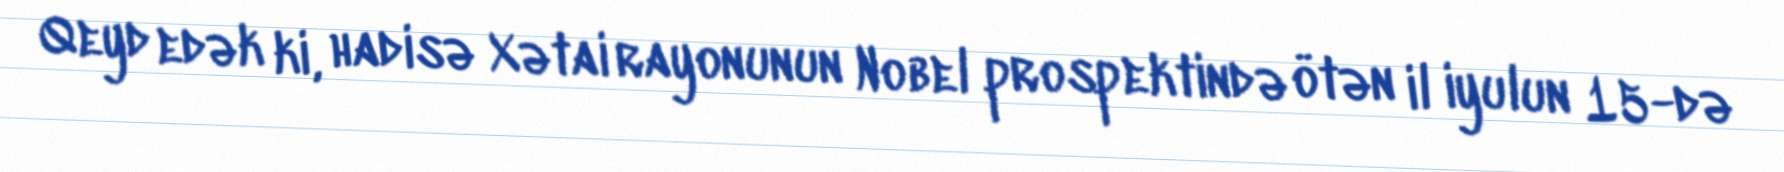
Qeyd edək ki, hadisə Xətai rayonunun Nobel prospektində ötən il iyulun 15-də